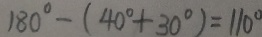
1 8 0 ^ { \circ } - ( 4 0 ^ { \circ } + 3 0 ^ { \circ } ) = 1 1 0 ^ { \circ }